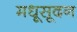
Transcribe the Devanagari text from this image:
मधूसूदन